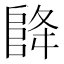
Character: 𮥃